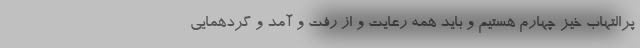
پرالتهاب خیز چهارم هستیم و باید همه رعایت و از رفت و آمد و گردهمایی